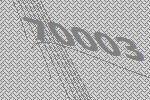
70003